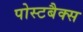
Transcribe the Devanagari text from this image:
पोस्टबैक्स